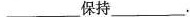
___保持___.